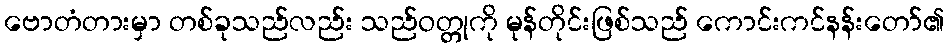
ဗောတံတားမှာ တစ်ခုသည်လည်း သည်ဝတ္တုကို မုန်တိုင်းဖြစ်သည် ကောင်းကင်နန်းတော်၏